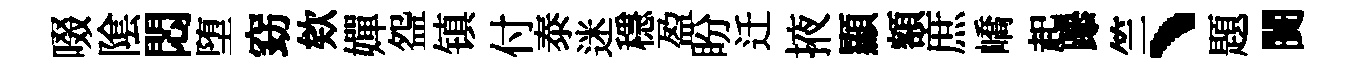
啜隂悶堕窈欸嬋盌镇付泰迷穩盈盼迁掖顯額庶嶠起𨅶竺丶題闠